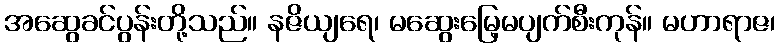
အဆွေခင်ပွန်းတို့သည်။ နဇိယျရေ၊ မဆွေးမြေ့မပျက်စီးကုန်။ မဟာရာဇ၊